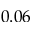
0 . 0 6